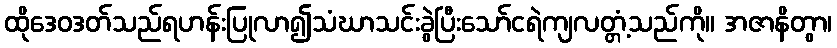
ထိုဒေဝဒတ်သည်ရဟန်းပြုလာ၍သံဃာသင်းခွဲပြီးသော်ငရဲကျလတ္တံ့သည်ကို။ အဇာနိတွာ၊